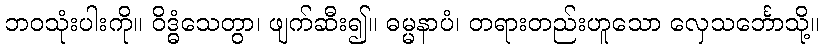
ဘဝသုံးပါးကို။ ဝိဒ္ဓံသေတွာ၊ ဖျက်ဆီး၍။ ဓမ္မနာပံ၊ တရားတည်းဟူသော လှေသင်္ဘောသို့။